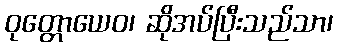
ဝုတ္တောယေဝ၊ ဆိုအပ်ပြီးသည်သာ၊